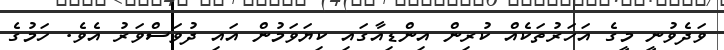
ވަދެވުނީ މީގެ އަހަރުތަކެއް ކުރިން އިންޑިއާގައި ކިޔަވަމުން އައި ދުވަސްވަރު އެވެ. ހަމުގެ